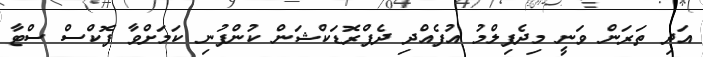
އަދި ތަރަން ވަނީ މިދެފިލްމު އުފެއްދި ދެޕްރޮޑަކްޝަން ކުންފުނި ކަމަށްވާ ފޮކްސް ސްޓާ